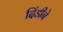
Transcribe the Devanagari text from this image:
दिंडीने